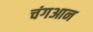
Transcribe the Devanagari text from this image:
चंगआन